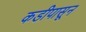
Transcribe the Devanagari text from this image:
कडीपासून